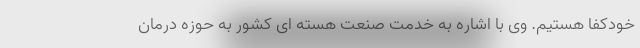
خودکفا هستیم. وی با اشاره به خدمت صنعت هسته ای کشور به حوزه درمان